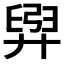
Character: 𫸟